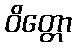
ဝိတ္တော